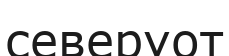
северуот